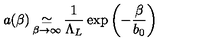
a ( \beta ) \mathop \simeq _ { \beta \to \infty } \frac { 1 } { \Lambda _ { L } } \exp \left( - \frac { \beta } { b _ { 0 } } \right)